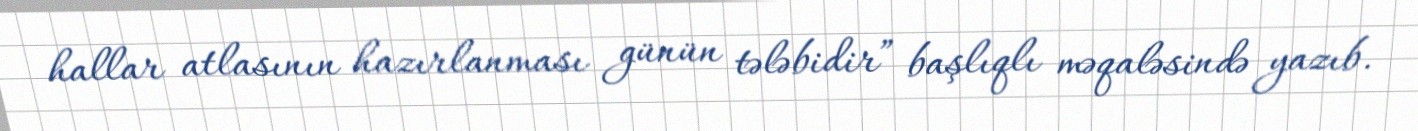
hallar atlasının hazırlanması günün tələbidir” başlıqlı məqaləsində yazıb.